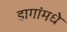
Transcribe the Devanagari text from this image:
डागांमधे